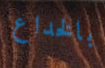
بالخداع